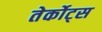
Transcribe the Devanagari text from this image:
तेर्कोट्स